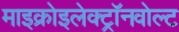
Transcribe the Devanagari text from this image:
माइक्रोइलेक्ट्रॉनवोल्ट